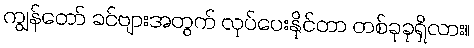
ကျွန်တော် ခင်ဗျားအတွက် လုပ်ပေးနိုင်တာ တစ်ခုခုရှိလား။